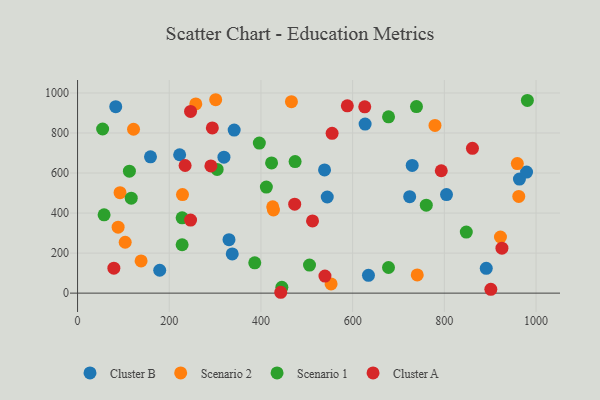
{"axis": {"x": "Study Hours", "y": "Profit"}, "legend": ["Cluster A", "Cluster B", "Scenario 1", "Scenario 2"], "data": [{"x": "341.6", "y": 814.6, "type": "Cluster B"}, {"x": "627.2", "y": 844.4, "type": "Cluster B"}, {"x": "804.7", "y": 492.2, "type": "Cluster B"}, {"x": "159.1", "y": 681.0, "type": "Cluster B"}, {"x": "544.6", "y": 480.2, "type": "Cluster B"}, {"x": "337.4", "y": 196.0, "type": "Cluster B"}, {"x": "319.3", "y": 679.2, "type": "Cluster B"}, {"x": "179.2", "y": 114.4, "type": "Cluster B"}, {"x": "634.5", "y": 89.2, "type": "Cluster B"}, {"x": "538.7", "y": 615.4, "type": "Cluster B"}, {"x": "83.3", "y": 931.5, "type": "Cluster B"}, {"x": "891.4", "y": 123.7, "type": "Cluster B"}, {"x": "222.7", "y": 691.4, "type": "Cluster B"}, {"x": "963.8", "y": 570.0, "type": "Cluster B"}, {"x": "729.9", "y": 637.8, "type": "Cluster B"}, {"x": "330.3", "y": 267.2, "type": "Cluster B"}, {"x": "979.3", "y": 604.9, "type": "Cluster B"}, {"x": "724.4", "y": 481.9, "type": "Cluster B"}, {"x": "962.3", "y": 482.9, "type": "Scenario 2"}, {"x": "779.6", "y": 837.9, "type": "Scenario 2"}, {"x": "740.9", "y": 90.9, "type": "Scenario 2"}, {"x": "427.3", "y": 415.2, "type": "Scenario 2"}, {"x": "553.0", "y": 46.1, "type": "Scenario 2"}, {"x": "257.9", "y": 945.0, "type": "Scenario 2"}, {"x": "103.9", "y": 254.2, "type": "Scenario 2"}, {"x": "301.3", "y": 966.2, "type": "Scenario 2"}, {"x": "122.1", "y": 818.8, "type": "Scenario 2"}, {"x": "922.4", "y": 280.5, "type": "Scenario 2"}, {"x": "138.6", "y": 161.0, "type": "Scenario 2"}, {"x": "228.9", "y": 492.2, "type": "Scenario 2"}, {"x": "88.5", "y": 329.5, "type": "Scenario 2"}, {"x": "92.7", "y": 501.8, "type": "Scenario 2"}, {"x": "959.2", "y": 647.2, "type": "Scenario 2"}, {"x": "466.5", "y": 956.6, "type": "Scenario 2"}, {"x": "425.7", "y": 431.2, "type": "Scenario 2"}, {"x": "678.2", "y": 128.1, "type": "Scenario 1"}, {"x": "386.5", "y": 151.2, "type": "Scenario 1"}, {"x": "54.7", "y": 820.0, "type": "Scenario 1"}, {"x": "678.3", "y": 880.7, "type": "Scenario 1"}, {"x": "113.1", "y": 609.2, "type": "Scenario 1"}, {"x": "57.9", "y": 391.1, "type": "Scenario 1"}, {"x": "981.1", "y": 962.5, "type": "Scenario 1"}, {"x": "228.1", "y": 241.8, "type": "Scenario 1"}, {"x": "474.5", "y": 657.0, "type": "Scenario 1"}, {"x": "423.2", "y": 650.3, "type": "Scenario 1"}, {"x": "304.5", "y": 618.1, "type": "Scenario 1"}, {"x": "505.9", "y": 140.2, "type": "Scenario 1"}, {"x": "847.9", "y": 304.8, "type": "Scenario 1"}, {"x": "228.1", "y": 376.4, "type": "Scenario 1"}, {"x": "739.2", "y": 931.8, "type": "Scenario 1"}, {"x": "760.6", "y": 439.5, "type": "Scenario 1"}, {"x": "411.8", "y": 529.6, "type": "Scenario 1"}, {"x": "445.6", "y": 28.9, "type": "Scenario 1"}, {"x": "117.1", "y": 474.6, "type": "Scenario 1"}, {"x": "396.5", "y": 749.4, "type": "Scenario 1"}, {"x": "246.5", "y": 907.6, "type": "Cluster A"}, {"x": "539.6", "y": 85.2, "type": "Cluster A"}, {"x": "901.4", "y": 19.2, "type": "Cluster A"}, {"x": "473.6", "y": 444.3, "type": "Cluster A"}, {"x": "290.8", "y": 635.7, "type": "Cluster A"}, {"x": "512.5", "y": 360.7, "type": "Cluster A"}, {"x": "861.3", "y": 723.2, "type": "Cluster A"}, {"x": "79.2", "y": 124.8, "type": "Cluster A"}, {"x": "588.4", "y": 935.7, "type": "Cluster A"}, {"x": "626.4", "y": 930.6, "type": "Cluster A"}, {"x": "793.3", "y": 611.4, "type": "Cluster A"}, {"x": "234.6", "y": 637.5, "type": "Cluster A"}, {"x": "925.6", "y": 224.6, "type": "Cluster A"}, {"x": "443.2", "y": 4.3, "type": "Cluster A"}, {"x": "294.0", "y": 825.5, "type": "Cluster A"}, {"x": "246.5", "y": 365.1, "type": "Cluster A"}, {"x": "555.2", "y": 798.1, "type": "Cluster A"}]}